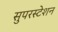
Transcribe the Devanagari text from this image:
सुपरस्टेशन